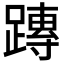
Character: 𨄔